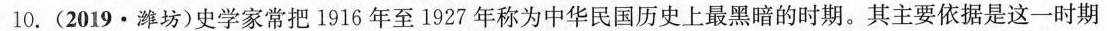
10.(2019·潍坊)史学家常把1916年至1927年称为中华民国历史上最黑暗的时期。其主要依据是这一时期